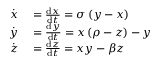
\begin{array} { r l } { \dot { x } } & { { } = \frac { \mathrm { d } x } { \mathrm { d } t } = \sigma \left( y - x \right) } \\ { \dot { y } } & { { } = \frac { \mathrm { d } y } { \mathrm { d } t } = x \left( \rho - z \right) - y } \\ { \dot { z } } & { { } = \frac { \mathrm { d } z } { \mathrm { d } t } = x y - \beta z } \end{array}